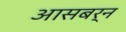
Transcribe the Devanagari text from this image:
आसबर्न